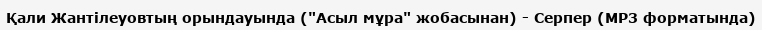
Қали Жантілеуовтың орындауында ("Асыл мұра" жобасынан) - Серпер (MP3 форматында)